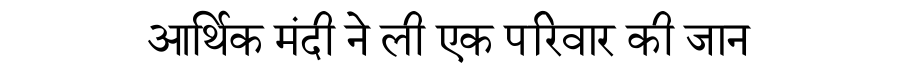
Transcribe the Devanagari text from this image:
आर्थिक मंदी ने ली एक परिवार की जान